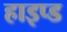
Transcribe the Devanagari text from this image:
हाइप्ड